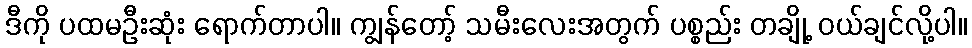
ဒီကို ပထမဦးဆုံး ရောက်တာပါ။ ကျွန်တော့် သမီးလေးအတွက် ပစ္စည်း တချို့ ဝယ်ချင်လို့ပါ။